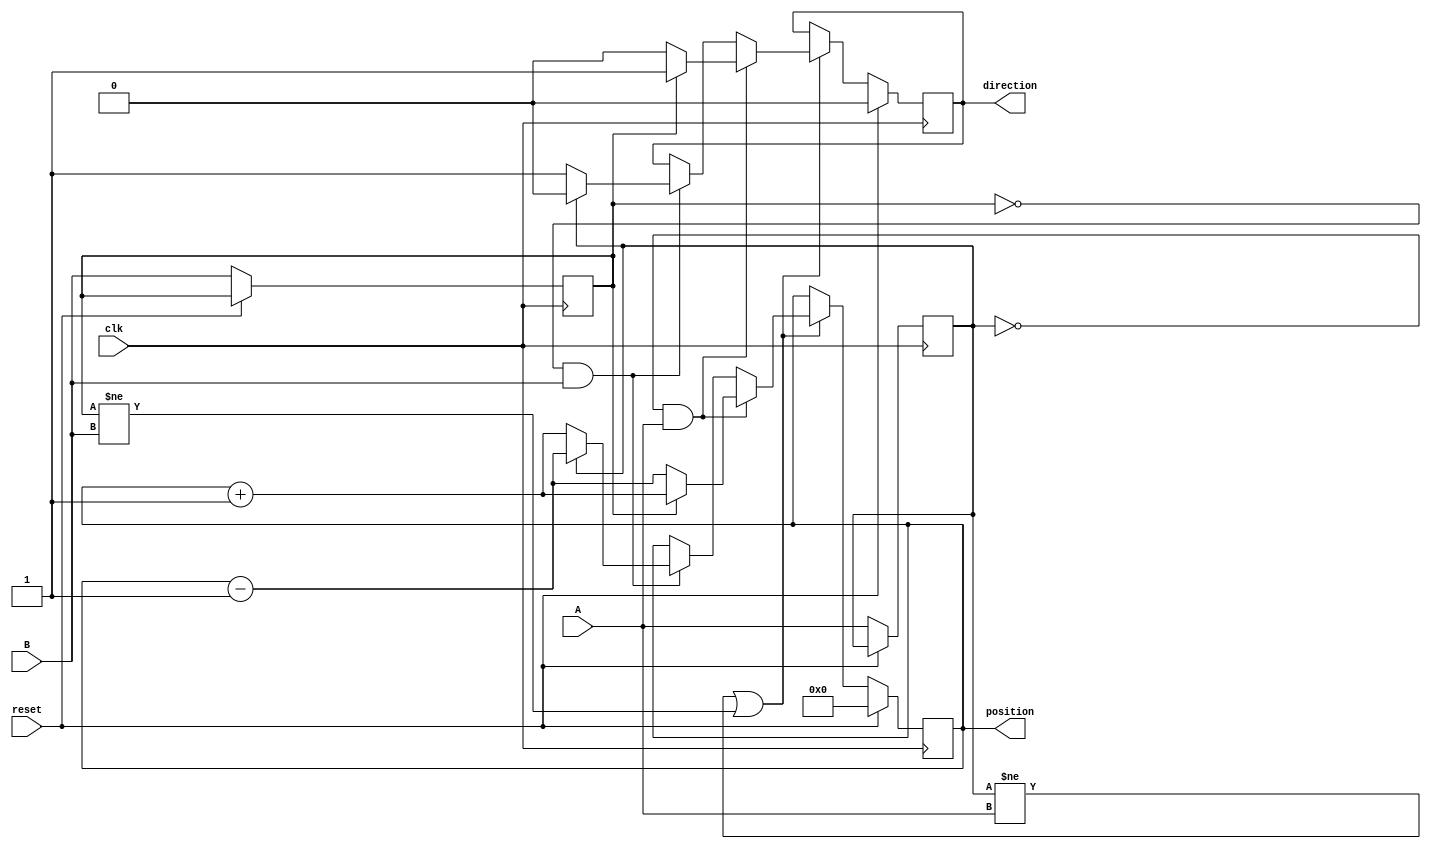
module rotary_encoder (
    input wire clk,         // Clock signal for synchronous operation
    input wire reset,       // Reset signal to reset position to zero
    input wire A,           // Signal A from the rotary encoder
    input wire B,           // Signal B from the rotary encoder
    output reg [15:0] position, // Position output (16-bit)
    output reg direction    // Direction: 1 for clockwise, 0 for counterclockwise
);

// State registers
reg A_prev, B_prev;

// Edge detection and position counting
always @(posedge clk) begin
    if (reset) begin
        position <= 16'b0; // Reset position
        direction <= 1'b0; // Default direction
    end else begin
        // Debouncing logic could be added here

        // Capture previous states
        A_prev <= A;
        B_prev <= B;

        // Position counting logic
        if (A_prev != A || B_prev != B) begin // Check for changes
            if (A_prev == 1'b0 && A == 1'b1) begin // A rising edge
                if (B_prev == 1'b1) begin
                    position <= position + 1; // Clockwise
                    direction <= 1'b1;
                end else begin
                    position <= position - 1; // Counterclockwise
                    direction <= 1'b0;
                end
            end else if (B_prev == 1'b0 && B == 1'b1) begin // B rising edge
                if (A_prev == 1'b0) begin
                    position <= position + 1; // Clockwise
                    direction <= 1'b1;
                end else begin
                    position <= position - 1; // Counterclockwise
                    direction <= 1'b0;
                end
            end
        end
    end
end

endmodule